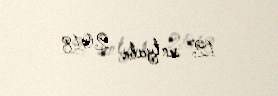
12 sentyabr 2018